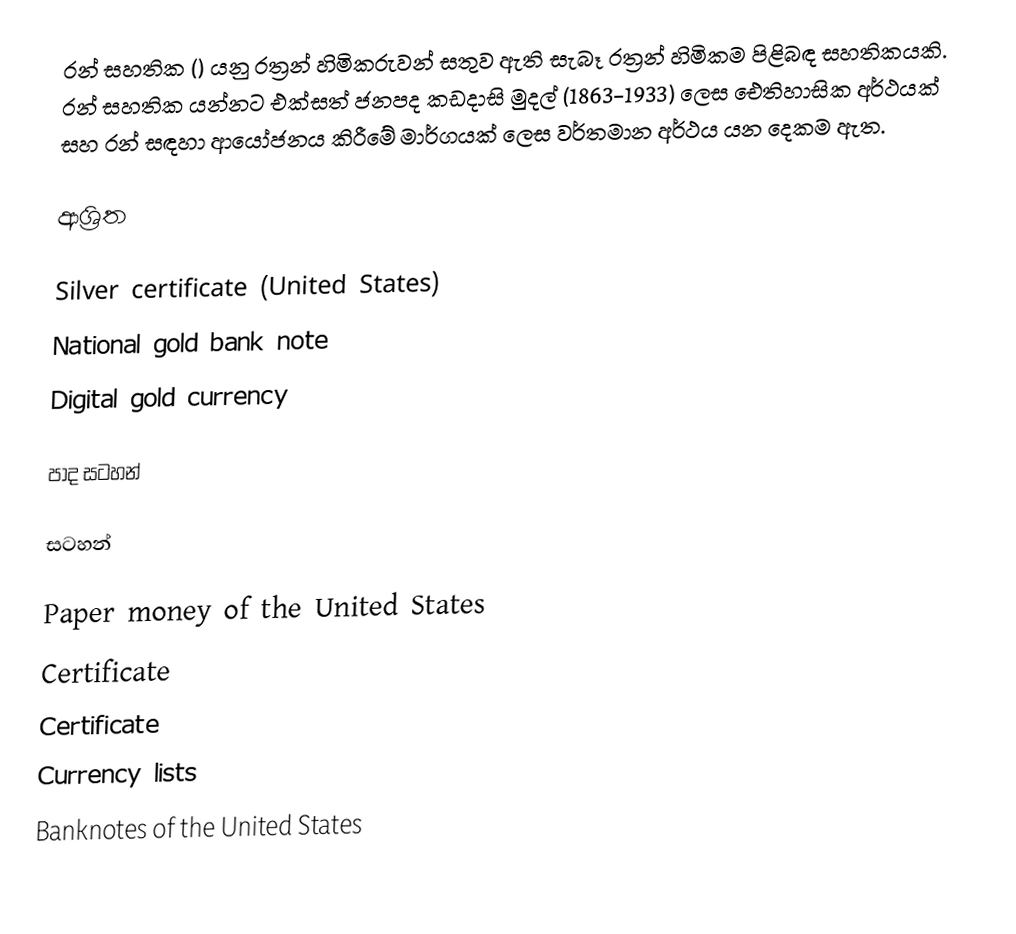
රන් සහතික () යනු රත්‍රන් හිමිකරුවන් සතුව ඇති සැබෑ රත්‍රන් හිමිකම පිළිබඳ සහතිකයකි. රන් සහතික යන්නට එක්සත් ජනපද කඩදාසි මුදල් (1863-1933) ලෙස ඓතිහාසික අර්ථයක් සහ රන් සඳහා ආයෝජනය කිරීමේ මාර්ගයක් ලෙස වර්තමාන අර්ථය යන දෙකම ඇත.

ආශ්‍රිත

 Silver certificate (United States)
 National gold bank note
 Digital gold currency

පාද සටහන්

සටහන්

Paper money of the United States
Certificate
Certificate
Currency lists
Banknotes of the United States